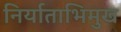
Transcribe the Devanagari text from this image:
निर्याताभिमुख